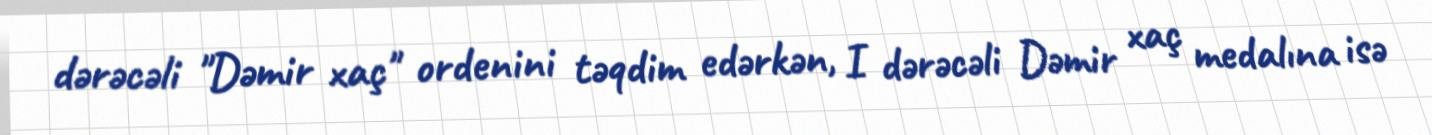
dərəcəli "Dəmir xaç" ordenini təqdim edərkən, I dərəcəli Dəmir xaç medalına isə